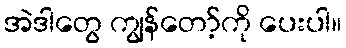
အဲဒါတွေ ကျွန်တော့်ကို ပေးပါ။